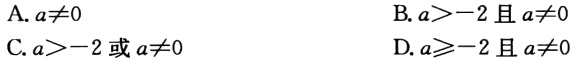
A. \(a\neq0\)

B. \(a > - 2\)且\(a\neq0\)

C. \(a > - 2\)或\(a\neq0\)

D. \(a\geqslant - 2\)且\(a\neq0\)